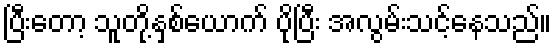
ပြီးတော့ သူတို့နှစ်ယောက် ပိုပြီး အလွမ်းသင့်နေသည်။